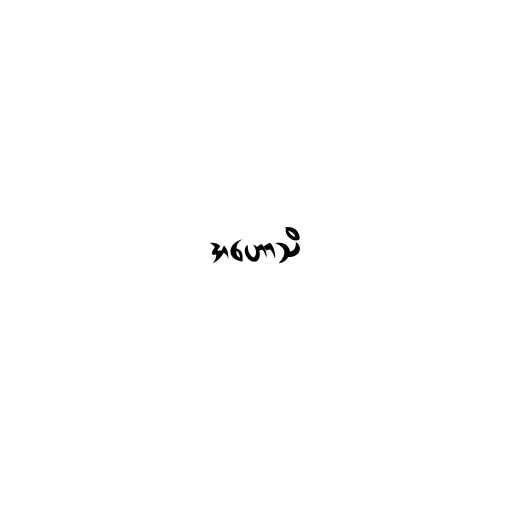
အဟောသိ